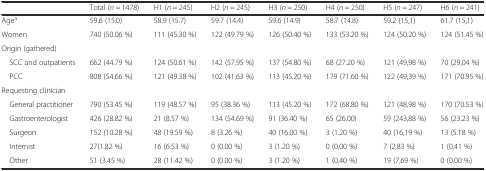
<table><thead><tr><td></td><td><b>Total (<i>n</i> = 1478)</b></td><td><b>H1 (<i>n</i> = 245)</b></td><td><b>H2 (<i>n</i> = 245)</b></td><td><b>H3 (<i>n</i> = 250)</b></td><td><b>H4 (<i>n</i> = 250)</b></td><td><b>H5 (<i>n</i> = 247)</b></td><td><b>H6 (<i>n</i> = 241)</b></td></tr></thead><tbody><tr><td>Age<sup>a</sup></td><td>59.6 (15.0)</td><td>58.9 (15.7)</td><td>59.7 (14.4)</td><td>59.6 (14.9)</td><td>58.7 (14.8)</td><td>59.2 (15,1)</td><td>61.7 (15,1)</td></tr><tr><td>Women</td><td>740 (50.06 %)</td><td>111 (45.30 %)</td><td>122 (49.79 %)</td><td>126 (50.40 %)</td><td>133 (53.20 %)</td><td>124 (50.20 %)</td><td>124 (51.45 %)</td></tr><tr><td>Origin (gathered)</td><td></td><td></td><td></td><td></td><td></td><td></td><td></td></tr><tr><td> SCC and outpatients</td><td>662 (44.79 %)</td><td>124 (50.61 %)</td><td>142 (57.95 %)</td><td>137 (54.80 %)</td><td>68 (27.20 %)</td><td>121 (49,98 %)</td><td>70 (29,04 %)</td></tr><tr><td> PCC</td><td>808 (54.66 %)</td><td>121 (49.38 %)</td><td>102 (41.63 %)</td><td>113 (45.20 %)</td><td>179 (71.60 %)</td><td>122 (49,39 %)</td><td>171 (70.95 %)</td></tr><tr><td>Requesting clinician</td><td></td><td></td><td></td><td></td><td></td><td></td><td></td></tr><tr><td> General practitioner</td><td>790 (53.45 %)</td><td>119 (48.57 %)</td><td>95 (38.36 %)</td><td>113 (45.20 %)</td><td>172 (68.80 %)</td><td>121 (48,98 %)</td><td>170 (70.53 %)</td></tr><tr><td> Gastroenterologist</td><td>426 (28.82 %)</td><td>21 (8.57 %)</td><td>134 (54.69 %)</td><td>91 (36.40 %)</td><td>65 (26.00)</td><td>59 (243,88 %)</td><td>56 (23.23 %)</td></tr><tr><td> Surgeon</td><td>152 (10.28 %)</td><td>48 (19.59 %)</td><td>8 (3.26 %)</td><td>40 (16.00 %)</td><td>3 (1.20 %)</td><td>40 (16,19 %)</td><td>13 (5.18 %)</td></tr><tr><td> Internist</td><td>27(1.82 %)</td><td>16 (6.53 %)</td><td>0 (0.00 %)</td><td>3 (1.20 %)</td><td>0 (0,00 %)</td><td>7 (2,83 %)</td><td>1 (0.41 %)</td></tr><tr><td> Other</td><td>51 (3.45 %)</td><td>28 (11.42 %)</td><td>0 (0.00 %)</td><td>3 (1.20 %)</td><td>1 (0.40 %)</td><td>19 (7,69 %)</td><td>0 (0.00 %)</td></tr></tbody></table>